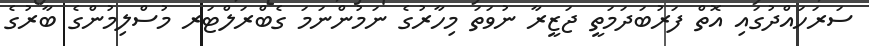
ސަރަހައްދުގައި އޮތް ފަރުބަދަމަތީ ޖަޒީރާ ނުވަތަ މިހާރުގެ ނަމުންނަމަ ގެބްރަލްޓަރ މުސްލިމުންގެ ބާރުގެ